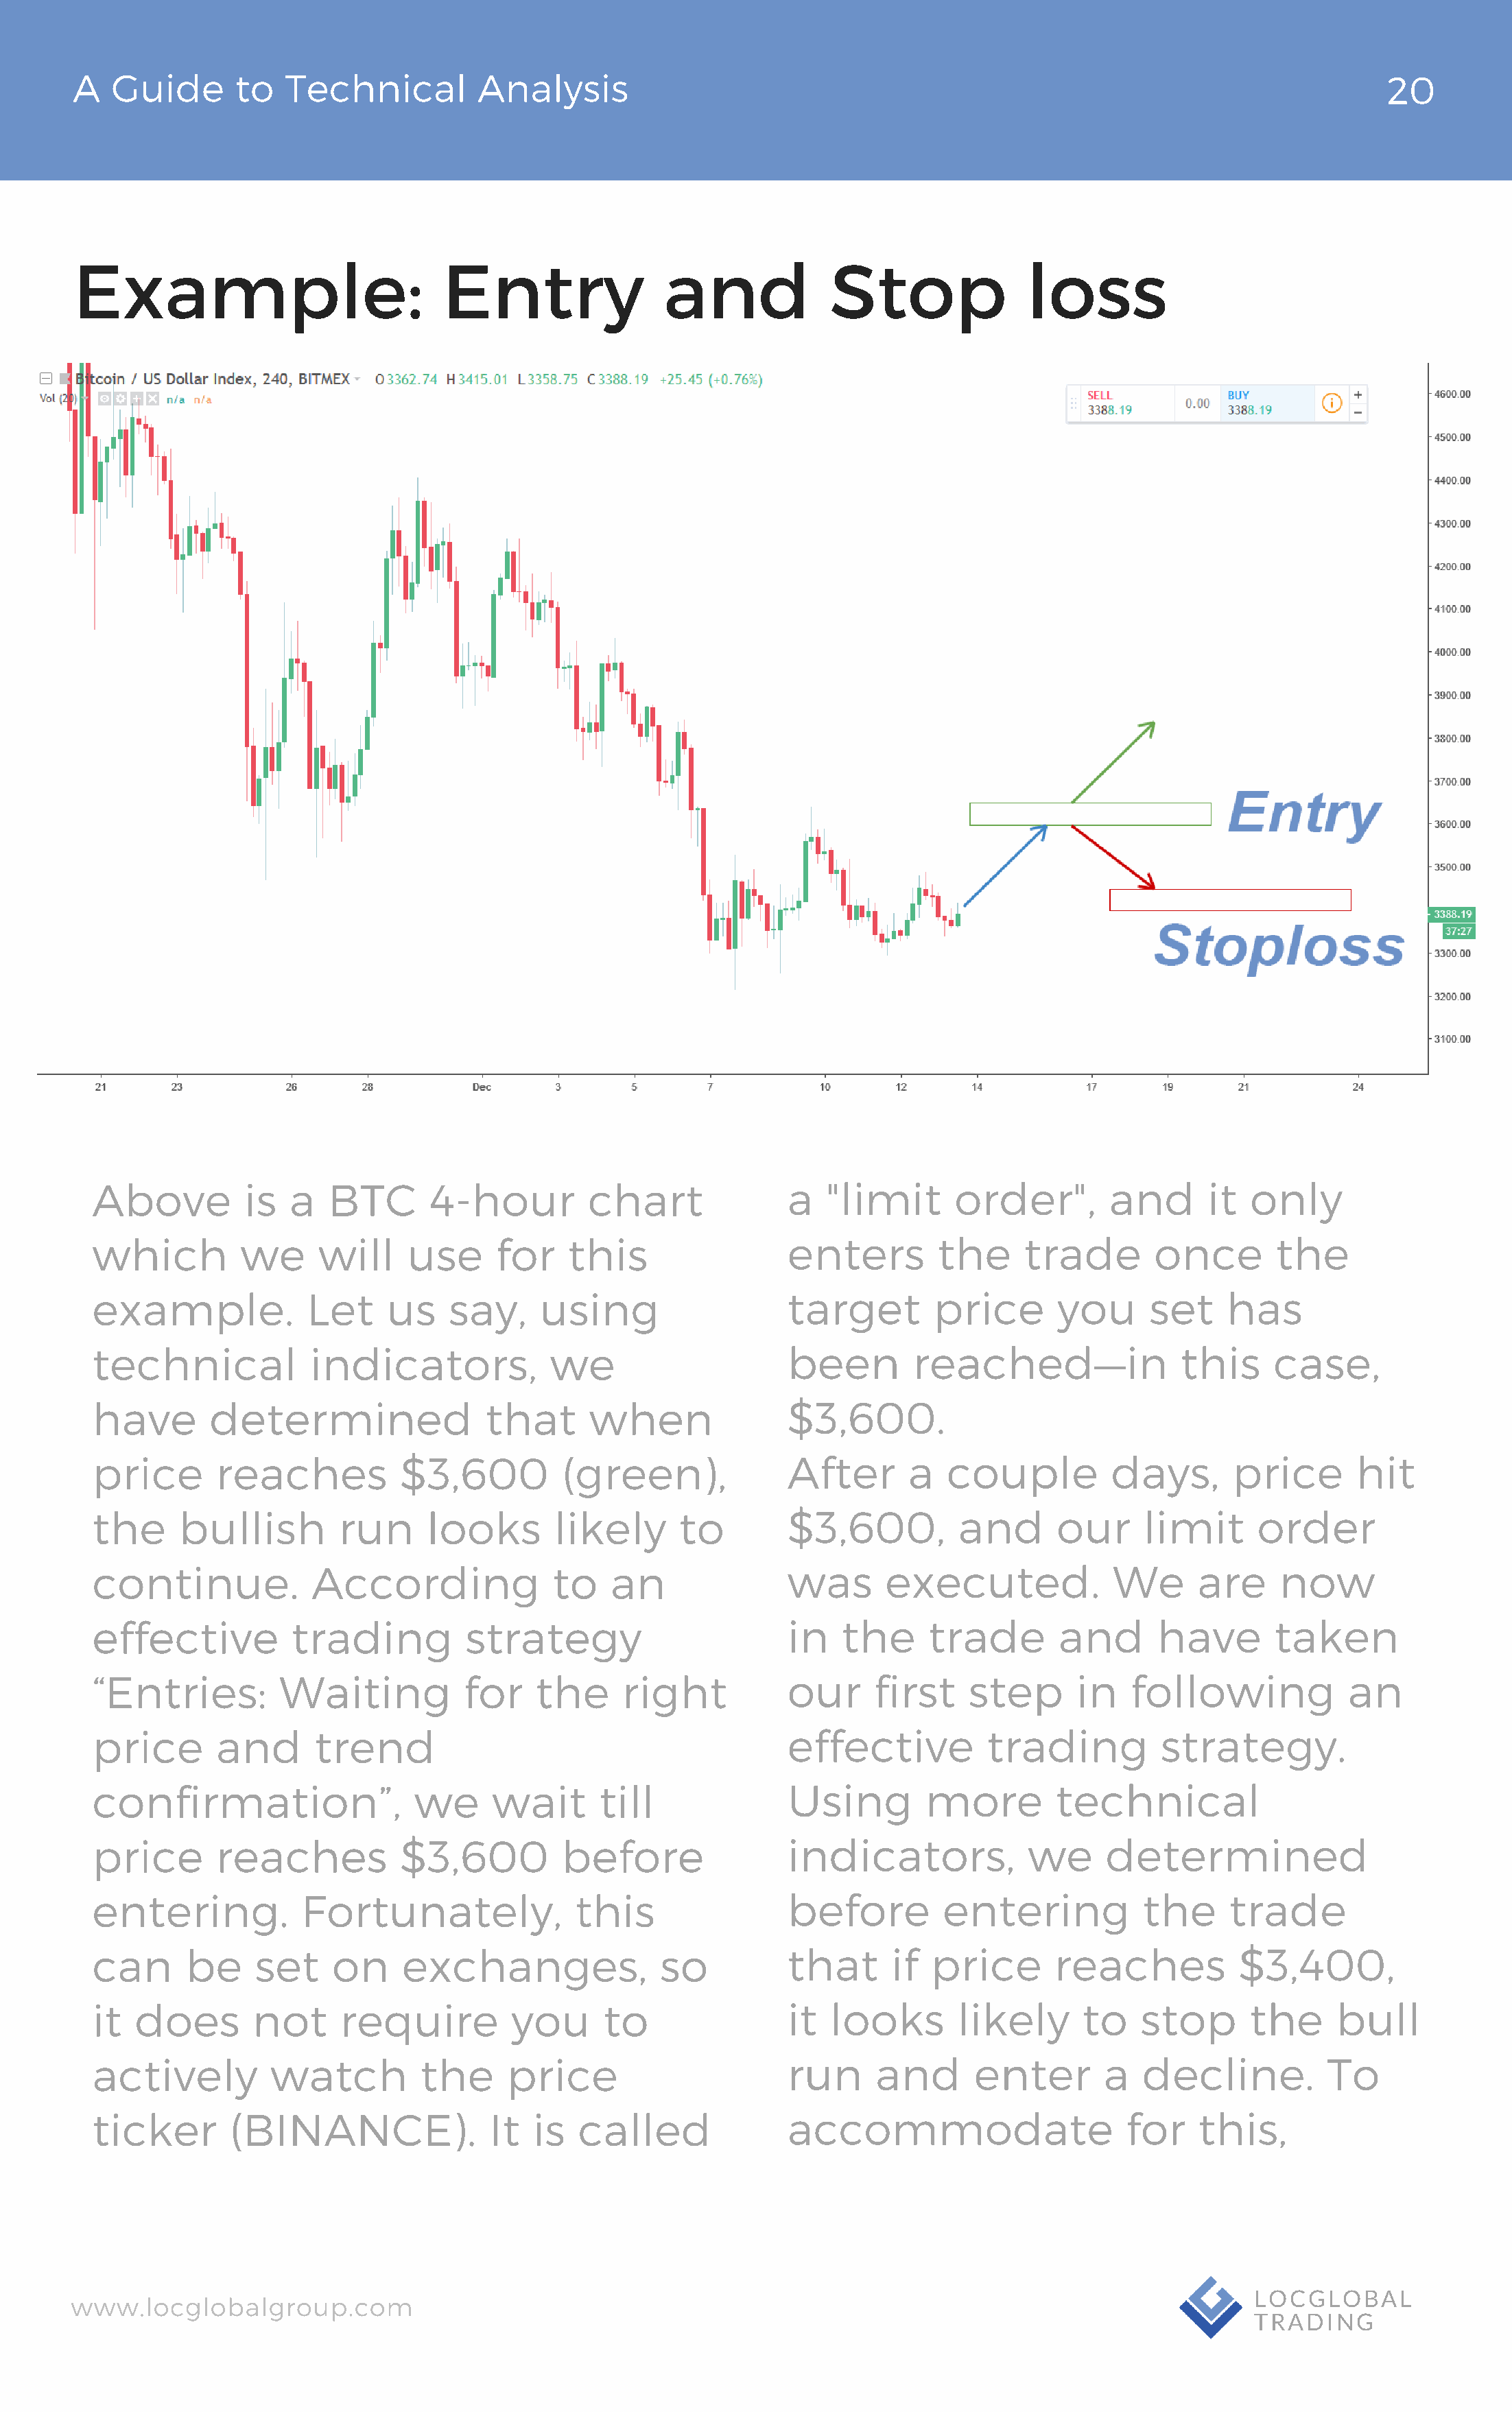
A   Guide       to  Technical          Analysis                                                                                20
 Example:                            Entry                and             Stop               loss
 Above          is  a   BTC      4-hour          chart              a   "limit      order",        and      it   only
 which         we      will    use      for    this                 enters        the      trade       once        the
 example.             Let    us    say,     using                   target        price       you      set    has
 technical            indicators,            we                     been        reached—in                this     case,
 have       determined                 that      when               $3,600.
 price       reaches           $3,600         (green),              After       a  couple          days,       price       hit
 the     bullish         run     looks       likely       to        $3,600,         and       our     limit      order
 continue.            According              to    an               was      executed.             We       are    now
 effective          trading          strategy                       in   the      trade       and       have       taken
 “Entries:         Waiting           for    the     right           our     first    step       in   following            an
 price       and      trend                                         effective          trading          strategy.
 confirmation”,                 we     wait       till              Using        more         technical
 price       reaches           $3,600         before                indicators,            we      determined
 entering.           Fortunately,              this                 before         entering           the      trade
 can      be     set    on     exchanges,               so          that      if  price       reaches          $3,400,
 it  does       not      require         you      to                it  looks       likely      to    stop       the     bull
 actively         watch          the     price                      run     and       enter       a   decline.          To
 ticker       (BINANCE).               It  is   called              accommodate                      for    this,
 www.locglobalgroup.com                                                                                            LOCGLOBAL
 TRADING